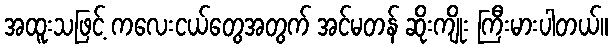
အထူးသဖြင့် ကလေးငယ်တွေအတွက် အင်မတန် ဆိုးကျိုး ကြီးမားပါတယ်။